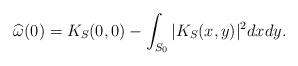
LaTeX: \begin{align*}\widehat{\omega}(0) = K_S(0,0) - \int_{S_0} | K_S(x,y)|^2 dxdy.\end{align*}